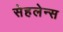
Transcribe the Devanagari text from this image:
सेहलेन्स